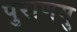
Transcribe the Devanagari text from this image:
पुराणमु